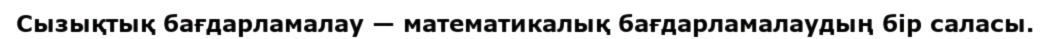
Сызықтық бағдарламалау — математикалық бағдарламалаудың бір саласы.